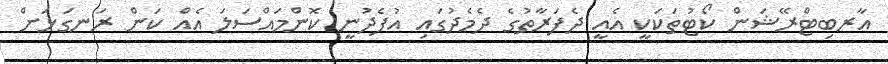
އާރބިޓްރޭޝަން ކޯޓުތަކަކީ އެއީ ދެފަރާތުގެ ދެމެދުގައި އުފެދުނީ ކޮންމައްސަލަ އެއް ކަން ރަނގަޅަށް